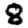
Digit: 8